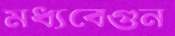
মধ্যবেগুন